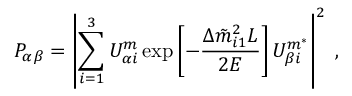
P _ { \alpha \beta } = \left\vert \sum _ { i = 1 } ^ { 3 } U _ { \alpha i } ^ { m } \exp \left[ - \frac { \Delta \Tilde { m } _ { i 1 } ^ { 2 } L } { 2 E } \right] U _ { \beta i } ^ { m ^ { \ast } } \right\vert ^ { 2 } \; ,